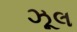
ઝૂલ